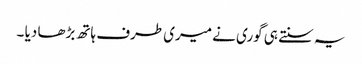
یہ سنتے ہی گوری نے میری طرف ہاتھ بڑھا دیا ۔